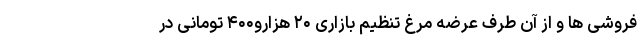
فروشی ها و از آن طرف عرضه مرغ تنظیم بازاری ۲۰ هزارو۴۰۰ تومانی در